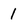
Character: 1